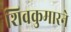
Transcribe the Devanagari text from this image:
शिवकुमारने